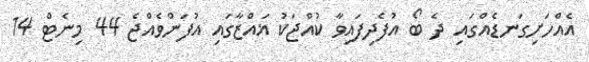
އެއްހަށިގަނޑެއްގައި ދެ ބޯ އުފެދިފައިވާ ކުއްޖަކު ޣައްޒާގައި އުފަންވެއްޖެ 44 މިނެޓް 14